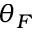
\theta _ { F }